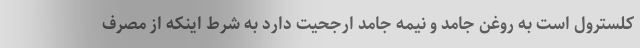
کلسترول است به روغن جامد و نیمه جامد ارجحیت دارد به شرط اینکه از مصرف